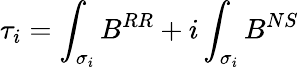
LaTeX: \tau_{i}=\int_{\sigma_{i}}B^{RR}+i\int_{\sigma_{i}}B^{NS}